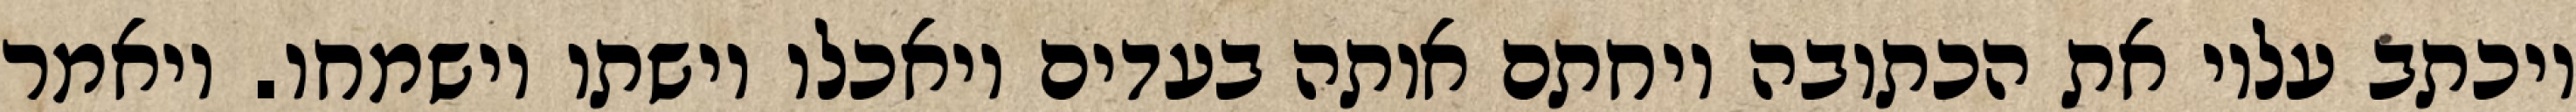
ויכתב עליו את הכתובה ויחתם אותה בעדים ויאכלו וישתו וישמחו. ויאמר